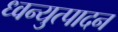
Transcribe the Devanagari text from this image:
ध्वन्युत्पादन